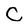
Character: C